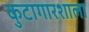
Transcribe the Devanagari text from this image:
कुटागारशाला